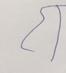
Signature authenticity: forged